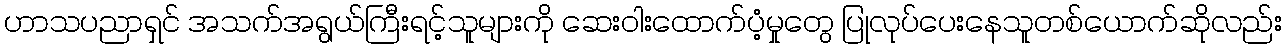
ဟာသပညာရှင် အသက်အရွယ်ကြီးရင့်သူများကို ဆေးဝါးထောက်ပံ့မှုတွေ ပြုလုပ်ပေးနေသူတစ်ယောက်ဆိုလည်း